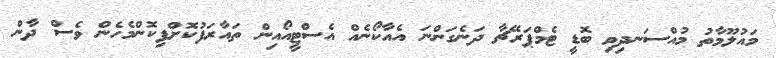
މައުލޫމާތު މުއްސަނދިވި ބޮޑީ ޓެމްޕަރޭޗާ ދަނެގަންނަ އެއާކޯނެއް އެސްޓީއޯއިން ތައާރަފުކޮށްފިކޮންމެހެން ވެސް ދާން